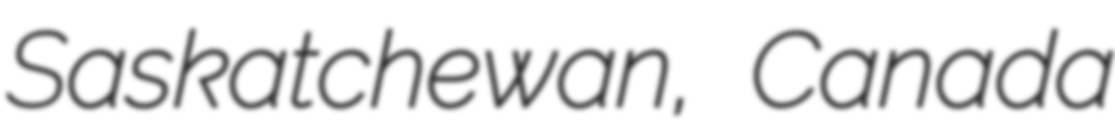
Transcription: Saskatchewan, Canada